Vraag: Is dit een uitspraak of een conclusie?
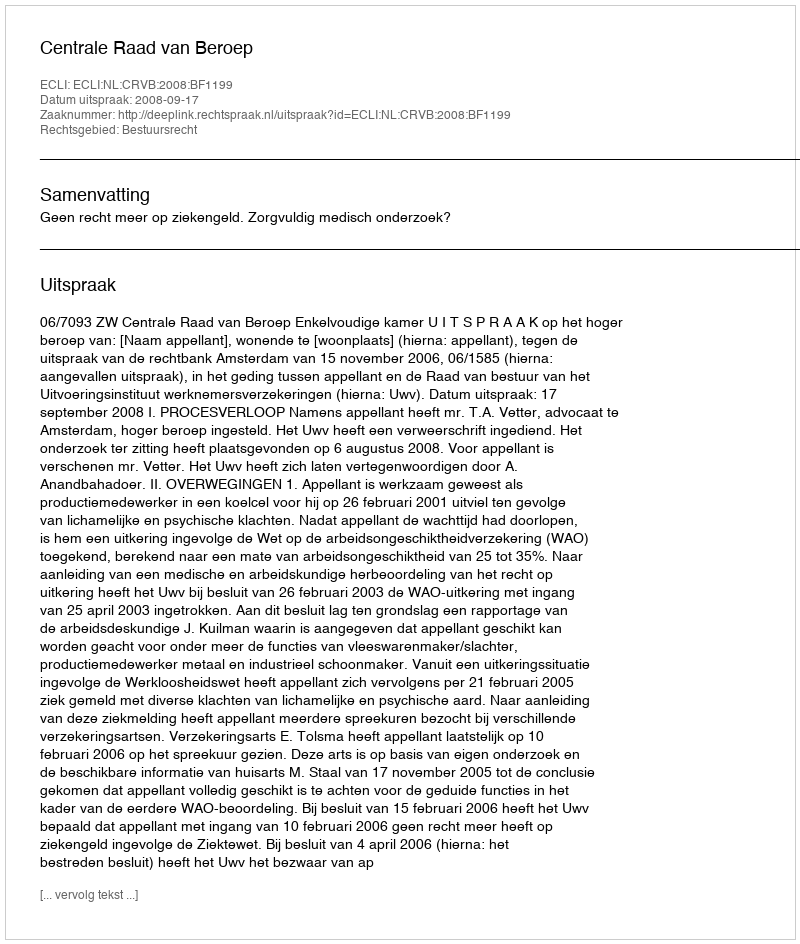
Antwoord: Uitspraak